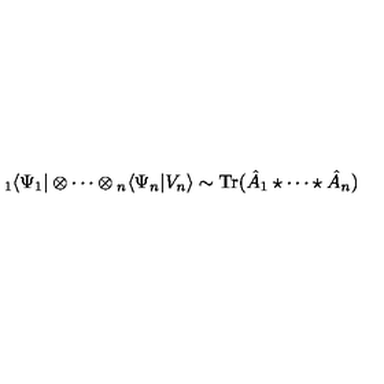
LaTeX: { } _ { 1 } \langle \Psi _ { 1 } | \otimes \cdots \otimes { } _ { n } \langle \Psi _ { n } | V _ { n } \rangle \sim \mathrm { T r } ( \hat { A } _ { 1 } \star \cdots \star \hat { A } _ { n } )